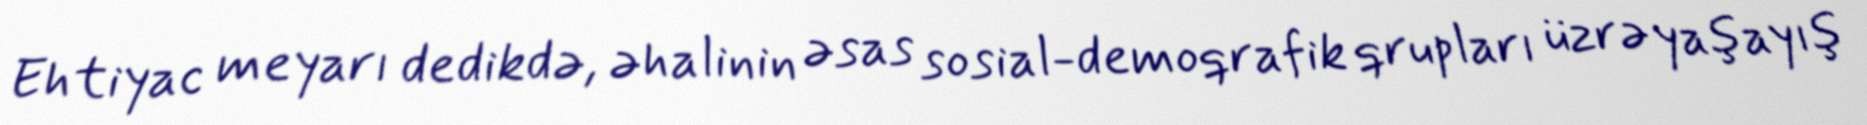
Ehtiyac meyarı dedikdə, əhalinin əsas sosial-demoqrafik qrupları üzrə yaşayış